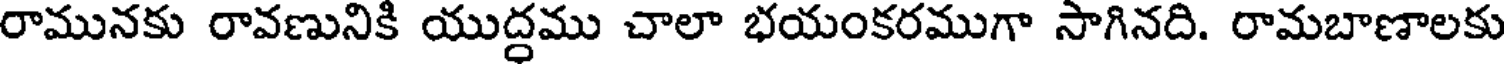
రామునకు రావణునికి యుద్ధము చాలా భయంకరముగా సాగినది. రామబాణాలకు